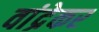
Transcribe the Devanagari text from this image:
वांद्रेकर